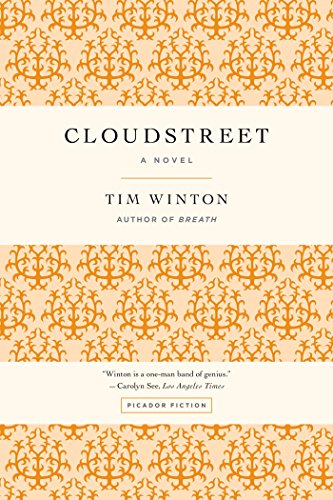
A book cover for Cloudstreet: A Novel; Tim Winton; Literature & Fiction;